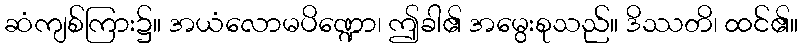
ဆံကျစ်ကြား၌။ အယံလောမပိဏ္ဍော၊ ဤခါ၏ အမွေးစုသည်။ ဒိဿတိ၊ ထင်၏။